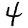
Digit: 4